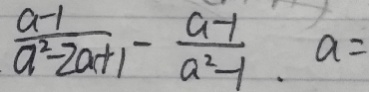
\frac { a - 1 } { a ^ { 2 } - 2 a + 1 } - \frac { a - 1 } { a ^ { 2 } - 1 } . a =